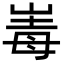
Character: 𡹆